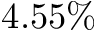
4 . 5 5 \%